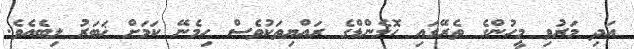
އަދި މަރުވި މީހުންގެ ތެރޭގައި ހޮލެންޑްގެ ރައްޔިތަކުވެސް ހިމެނޭ ކަމަށް ޚަބަރު ލިބެއެވެ.